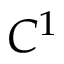
C ^ { 1 }